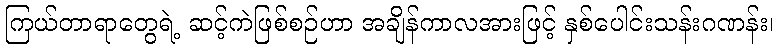
ကြယ်တာရာတွေရဲ့ ဆင့်ကဲဖြစ်စဉ်ဟာ အချိန်ကာလအားဖြင့် နှစ်ပေါင်းသန်းဂဏန်း၊